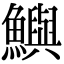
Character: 鱮